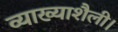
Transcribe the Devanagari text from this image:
व्याख्याशैली।